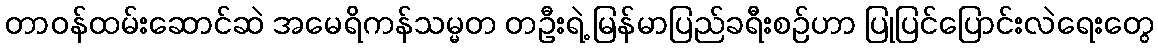
တာဝန်ထမ်းဆောင်ဆဲ အမေရိကန်သမ္မတ တဦးရဲ့ မြန်မာပြည်ခရီးစဉ်ဟာ ပြုပြင်ပြောင်းလဲရေးတွေ